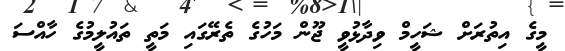
މީގެ އިތުރަށް ޝަހީމް ވިދާޅުވީ ޖޫން މަހުގެ ތެރޭގައި މަތީ ތައުލީމުގެ ހާއްސަ